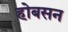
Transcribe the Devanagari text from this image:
होबसन